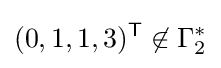
(0,1,1,3)^{\mathsf {T}}\not \in \Gamma _{2}^{*}